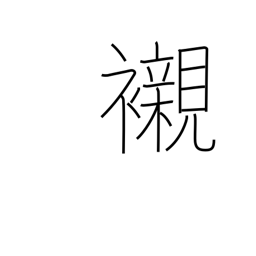
Meaning: underwear